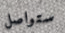
ستواصل